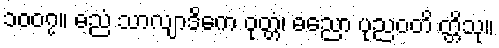
၁၀၀၇။ ဓညံ သာလျာဒိကေ ဝုတ္တံ၊ ဓညော ပုညဝတိ တ္တိသု။